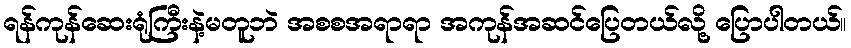
ရန်ကုန်ဆေးရုံကြီးနဲ့မတူဘဲ အစစအရာရာ အကုန်အဆင်ပြေတယ်လို့ ပြောပါတယ်။